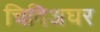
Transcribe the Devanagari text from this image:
चिदिअघर